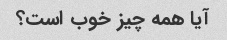
آیا همه چیز خوب است؟